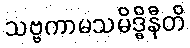
သဗ္ဗကာမသမိဒ္ဓိနီတိ